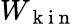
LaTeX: W_{\mathrm{~k~i~n~}}